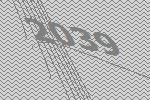
2039